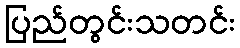
ပြည်တွင်းသတင်း